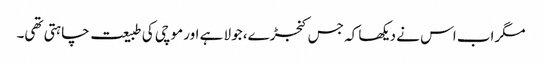
مگراب اس نے دیکھا کہ جس کنجڑے، جولا ہے اور موچی کی طبیعت چاہتی تھی۔